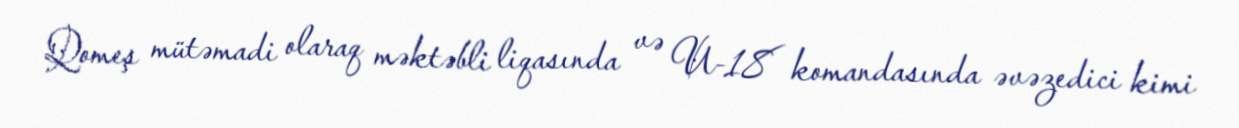
Qomeş mütəmadi olaraq məktəbli liqasında və U-18 komandasında əvəzedici kimi